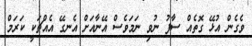
ވެގެން އުޅޭ ގޮތެއް ސާފު ނުވި ނަމަވެސް އޭނާއަށް އެނގޭ އެއްޗަކީ ކަރަމް